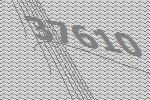
37610